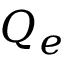
Q _ { e }